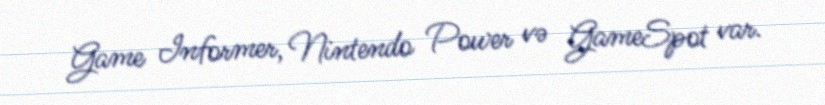
Game Informer, Nintendo Power və GameSpot var.